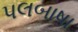
પલબાષા